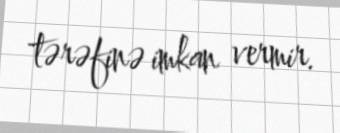
tərəfinə imkan vermir.